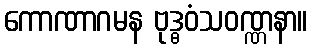
ကောဏာဂမန ဗုဒ္ဓဝံသဝဏ္ဏနာ။